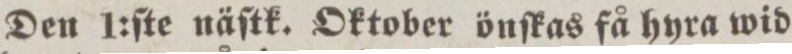
Den 1:ſte näſtk. Oktober önſkas få hyra wid